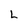
Character: L